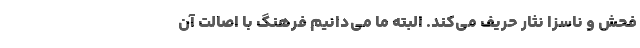
فحش و ناسزا نثار حریف می‌کند. البته ما می‌دانیم فرهنگ با اصالت آن